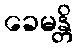
ခေမန္တိ